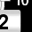
Digit: 2